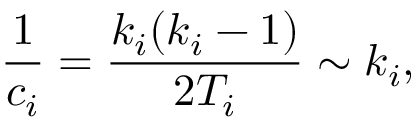
\frac { 1 } { c _ { i } } = \frac { k _ { i } ( k _ { i } - 1 ) } { 2 T _ { i } } \sim k _ { i } ,